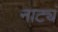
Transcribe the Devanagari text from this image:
नाट्यं